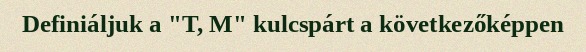
Definiáljuk a "T, M" kulcspárt a következőképpen